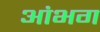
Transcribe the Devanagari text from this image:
आंभग